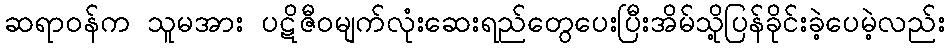
ဆရာဝန်က သူမအား ပဋိဇီဝမျက်လုံးဆေးရည်တွေပေးပြီးအိမ်သို့ပြန်ခိုင်းခဲ့ပေမဲ့လည်း